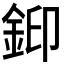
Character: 𮡳